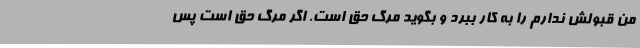
من قبولش ندارم را به کار ببرد و بگوید مرگ حق است. اگر مرگ حق است پس